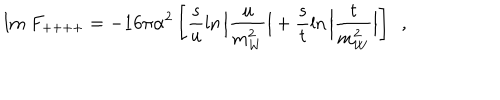
\mathrm { I m ~ } F _ { + + + + } = - 1 6 \pi \alpha ^ { 2 } \left[ \frac { s } { u } \ln \Big | \frac { u } { m _ { W } ^ { 2 } } \Big | + \frac { s } { t } \ln \Big | \frac { t } { m _ { W } ^ { 2 } } \Big | \right] \, \, \, ,